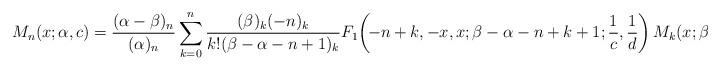
LaTeX: \begin{align*} M_n(x;\alpha,c) = \frac{(\alpha-\beta)_n}{(\alpha)_n}\sum_{k=0}^{n}\frac {(\beta)_k(-n)_k}{k!(\beta-\alpha-n+1)_k} F_1\!\left(\!-n+k,-x,x;\beta-\alpha-n+k+1;\frac{1}{c},\frac{1}{d}\right)M_k(x;\beta,d), \end{align*}